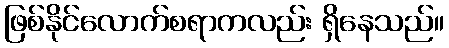
ဖြစ်နိုင်လောက်စရာကလည်း ရှိနေသည်။